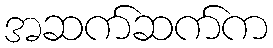
အဆက်ဆက်က